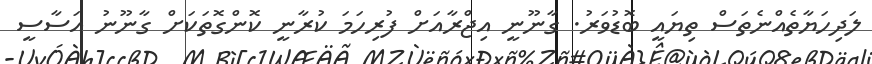
ލަދިހަޔާތެއްނެތަސް ތިޔައީ ބޮޑުވަރު. ގާނޫނީ އިޖްރާއަށް ފުރިހަމަ ކުރާނީ ކޮންގޮތަކަށް ގާނޫނު އަސާސީ